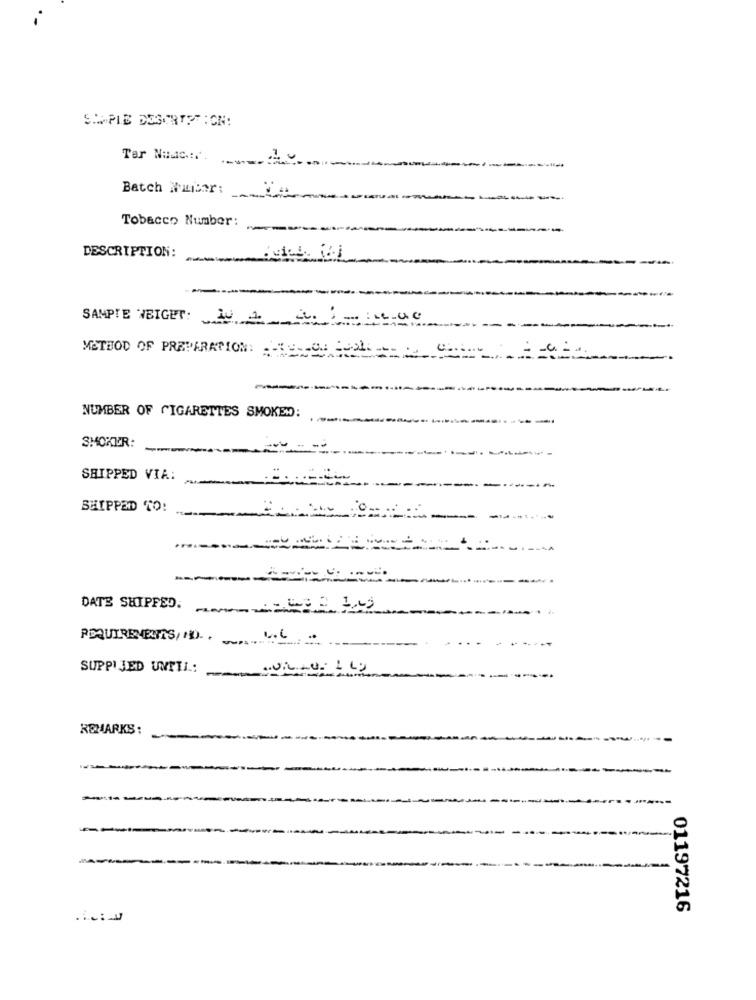
SIMPLE DESCRIPTION:
Ter Nadc:
Batch Number:
Tobacco Number:
DESCRIPTION:
SAMPLE WEIGHT: 10 4 2.
METHOD OF PREPARATION:
-
NUMBER OF CIGARETTES SMOKEM:
SMOKER:
SHIPPED VIA:
SHIPPED TO:
DATE SHIPFED.
SUPPI JED UNTTI:
REMARKS:
01197216